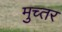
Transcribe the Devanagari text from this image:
मुच्तर